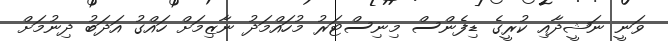
ވަނީ ނަޝީދާއި ކުރީގެ ޑިފެންސް މިނިސްޓަރު މުހައްމަދު ނާޒިމަށް ހައްގު އަދަބު ދިނުމަށް